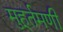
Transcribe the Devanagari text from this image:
मुहूर्तमणी